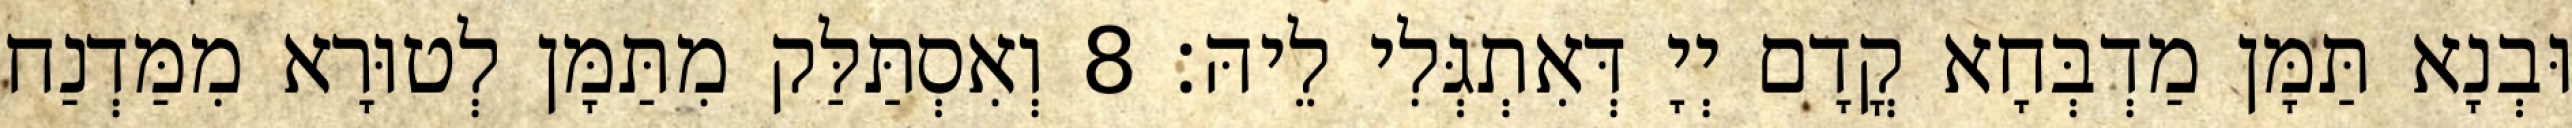
וּבְנָא תַּמָּן מַדְבְּחָא קֳדָם יְיָ דְּאִתְגְּלִי לֵיהּ׃ 8 וְאִסְתַּלַּק מִתַּמָּן לְטוּרָא מִמַּדְנַח